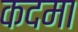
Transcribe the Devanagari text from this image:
कदमा